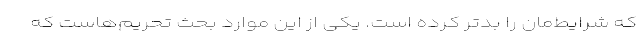
که شرایط‌مان را بدتر کرده است. یکی از این موارد بحث تحریم‌هاست که